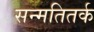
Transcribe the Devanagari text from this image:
सन्मतितर्क